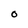
Character: O